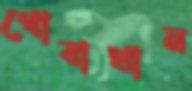
গোবাথান